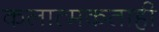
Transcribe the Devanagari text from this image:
कलात्मकताही